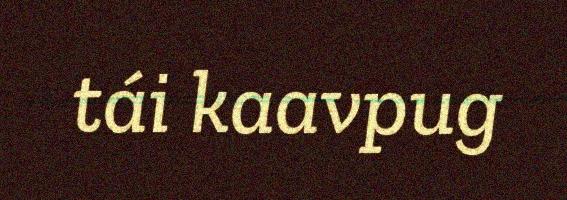
tái kaavpug